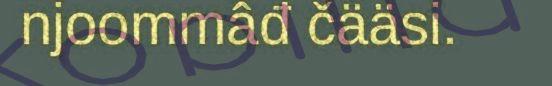
njoommâđ čääsi.